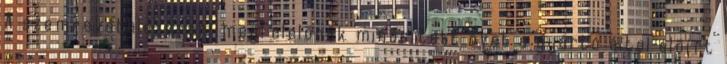
A szemrevételezéssel megfelelõnek minõsített övet a gyártó által elõírt